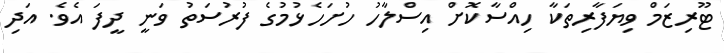
ޓޫރިޒަމް ވިޔަފާރިތަކާ ހިއްސާކޮށް އިސްލާހު ހުށަހެޅުމުގެ ފުރުސަތު ވަނީ ދީފަ އެވެ. އަދި